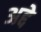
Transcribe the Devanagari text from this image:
अद्दे